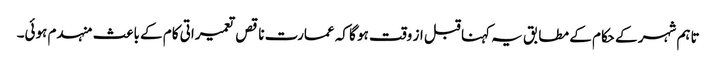
تاہم شہر کے حکام کے مطابق یہ کہنا قبل از وقت ہو گا کہ عمارت ناقص تعمیراتی کام کے باعث منہدم ہوئی۔